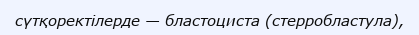
сүтқоректілерде — бластоциста (стерробластула),